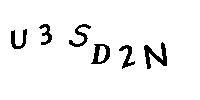
U3SD2N